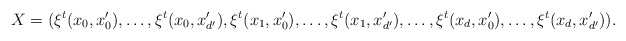
\begin{align*}X=(\xi^t(x_0,x'_0),\ldots,\xi^t(x_0,x'_{d'}),\xi^t(x_1,x'_0),\ldots,\xi^t(x_1,x'_{d'}),\ldots, \xi^t(x_d,x'_0),\ldots,\xi^t(x_d,x'_{d'})).\end{align*}